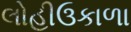
લોહીઉકાળા